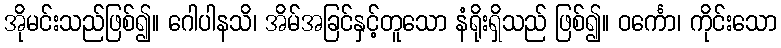
အိုမင်းသည်ဖြစ်၍။ ဂေါပါနသိ၊ အိမ်အခြင်နှင့်တူသော နံရိုးရှိသည် ဖြစ်၍။ ဝင်္ကော၊ ကိုင်းသော